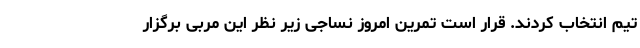
تیم انتخاب کردند. قرار است تمرین امروز نساجی زیر نظر این مربی برگزار